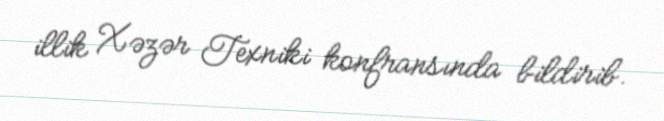
illik Xəzər Texniki konfransında bildirib.